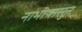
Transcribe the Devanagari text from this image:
नाभीपासुन